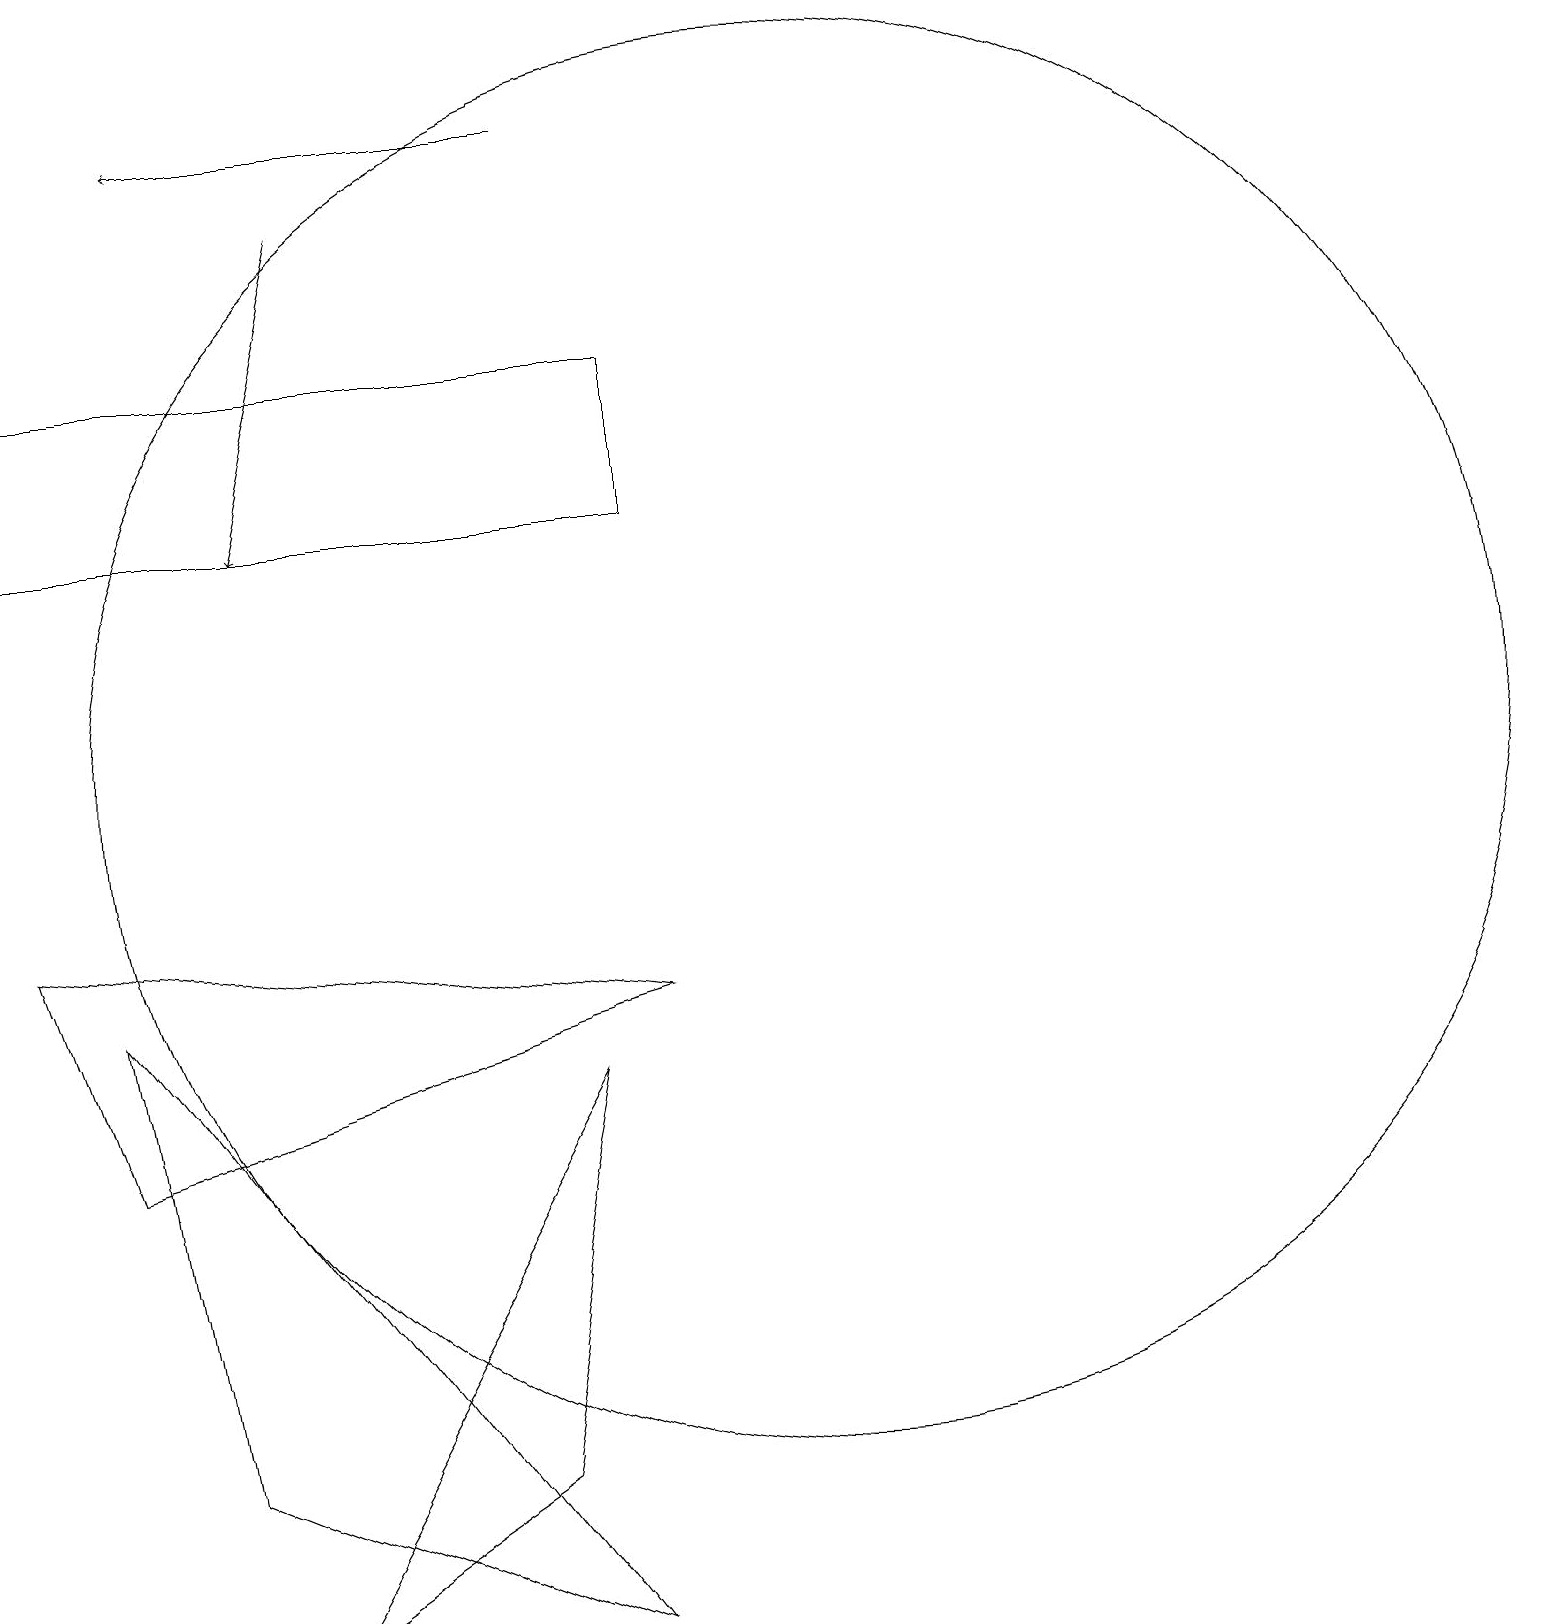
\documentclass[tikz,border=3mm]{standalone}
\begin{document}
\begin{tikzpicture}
\draw (1,6) -- (8,8) -- (0,9) -- cycle;
\draw (0,16) rectangle (8,14);
\draw (3,0) -- (6,2) -- (7,7) -- cycle;
\draw (1,8) -- (2,2) -- (7,0) -- cycle;
\draw[->] (7,19) -- (2,19);
\draw (10,11) circle (9);
\draw[->] (4,18) -- (3,14);
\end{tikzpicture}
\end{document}